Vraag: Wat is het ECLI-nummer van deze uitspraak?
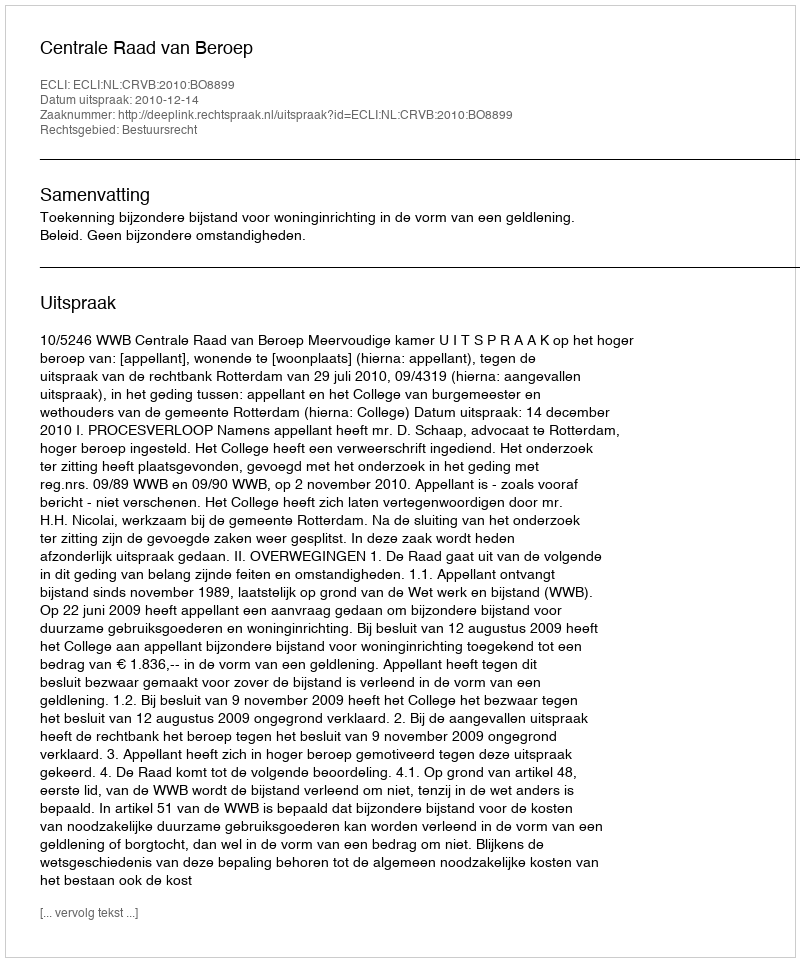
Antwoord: ECLI:NL:CRVB:2010:BO8899